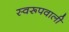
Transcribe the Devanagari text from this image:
स्वरूपवाली